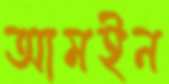
আমইন